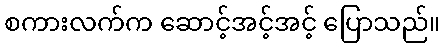
စကားလက်က ဆောင့်အင့်အင့် ပြောသည်။